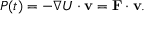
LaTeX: P ( t ) = - \nabla U \cdot \mathbf { v } = \mathbf { F } \cdot \mathbf { v } .